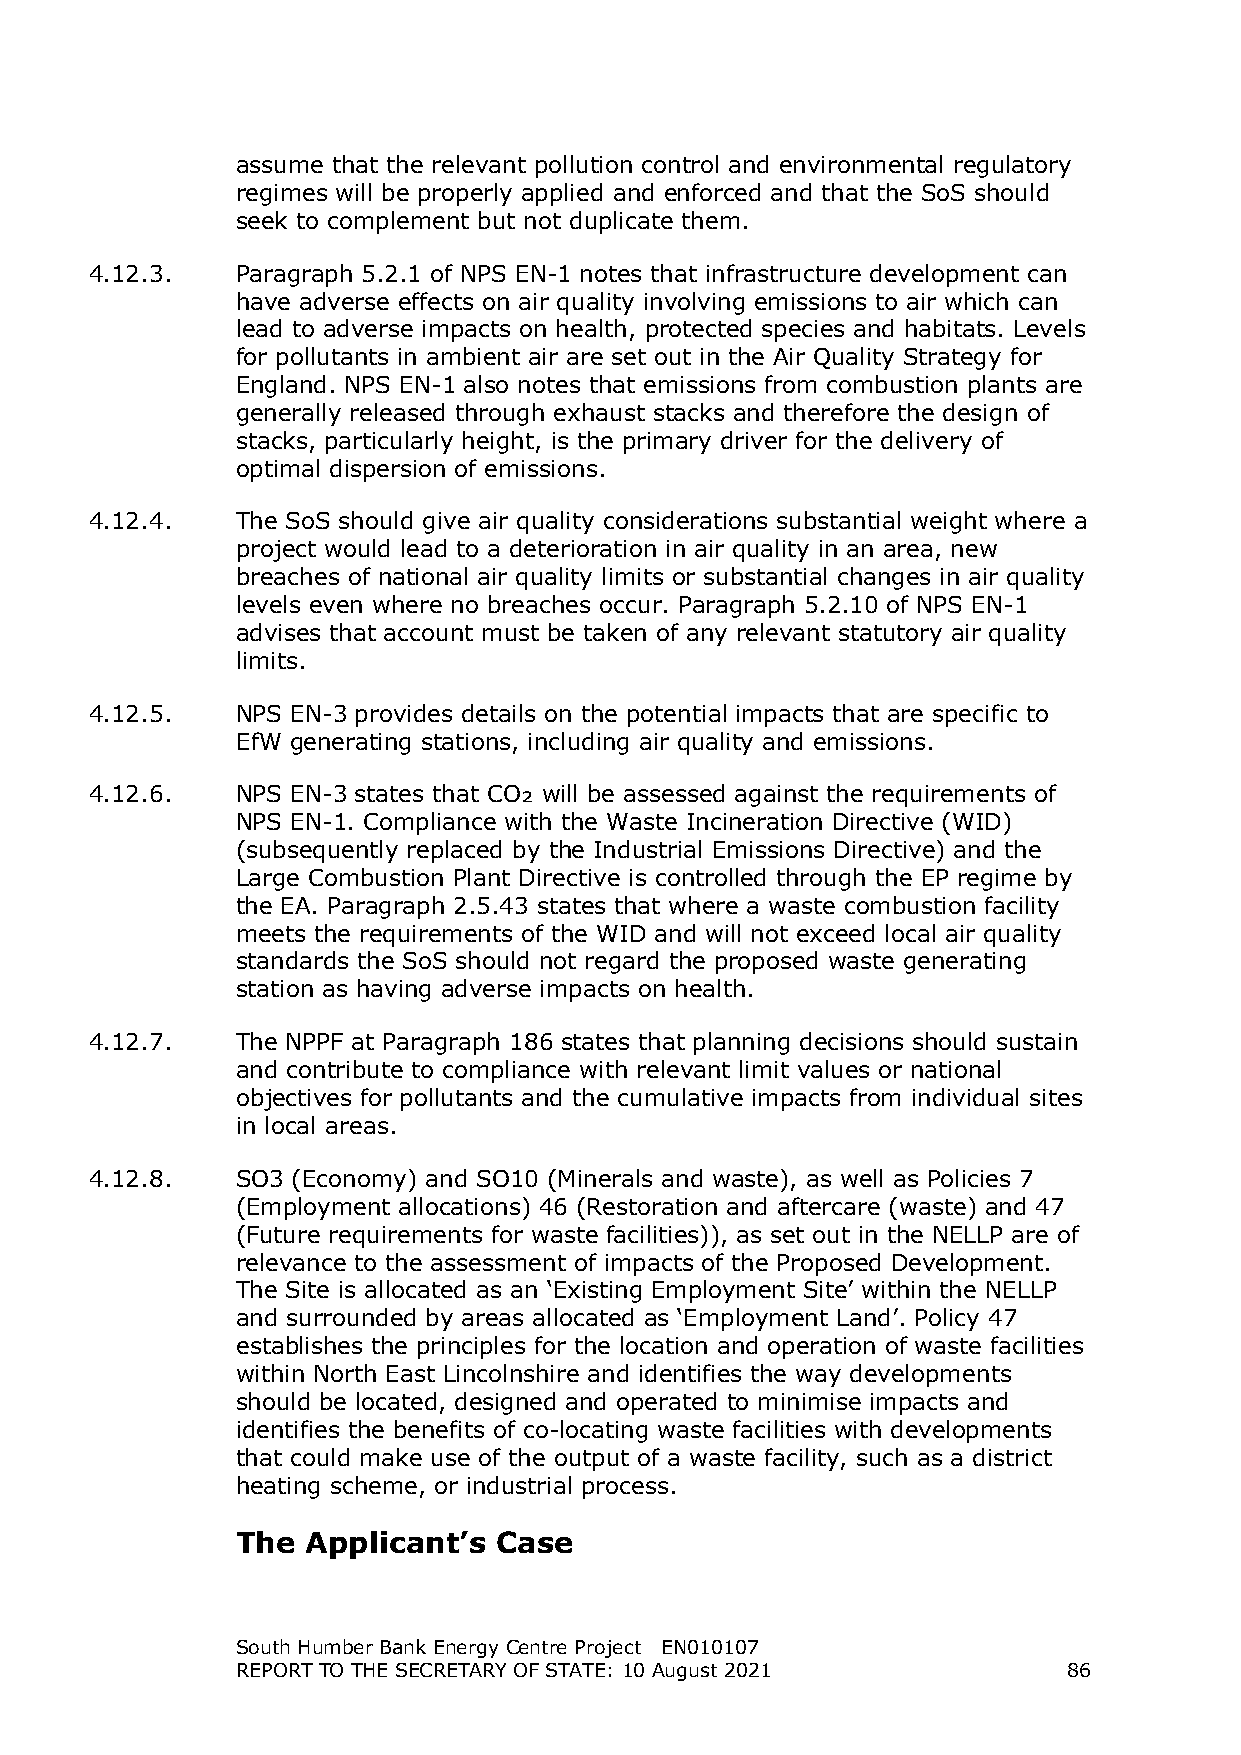
assume that the relevant pollution control and environmental regulatory
 regimes will be properly applied and enforced and that the SoS should
 seek to complement but not duplicate them.
 4.12.3.   Paragraph 5.2.1 of NPS EN-1 notes that infrastructure development can
 have adverse effects on air quality involving emissions to air which can
 lead to adverse impacts on health, protected species and habitats. Levels
 for pollutants in ambient air are set out in the Air Quality Strategy for
 England. NPS EN-1 also notes that emissions from combustion plants are
 generally released through exhaust stacks and therefore the design of
 stacks, particularly height, is the primary driver for the delivery of
 optimal dispersion of emissions.
 4.12.4.   The SoS should give air quality considerations substantial weight where a
 project would lead to a deterioration in air quality in an area, new
 breaches of national air quality limits or substantial changes in air quality
 levels even where no breaches occur. Paragraph 5.2.10 of NPS EN-1
 advises that account must be taken of any relevant statutory air quality
 limits.
 4.12.5.   NPS EN-3 provides details on the potential impacts that are specific to
 EfW generating stations, including air quality and emissions.
 4.12.6.   NPS EN-3 states that CO₂ will be assessed against the requirements of
 NPS EN-1. Compliance with the Waste Incineration Directive (WID)
 (subsequently replaced by the Industrial Emissions Directive) and the
 Large Combustion Plant Directive is controlled through the EP regime by
 the EA. Paragraph 2.5.43 states that where a waste combustion facility
 meets the requirements of the WID and will not exceed local air quality
 standards the SoS should not regard the proposed waste generating
 station as having adverse impacts on health.
 4.12.7.   The NPPF at Paragraph 186 states that planning decisions should sustain
 and contribute to compliance with relevant limit values or national
 objectives for pollutants and the cumulative impacts from individual sites
 in local areas.
 4.12.8.   SO3 (Economy) and SO10 (Minerals and waste), as well as Policies 7
 (Employment allocations) 46 (Restoration and aftercare (waste) and 47
 (Future requirements for waste facilities)), as set out in the NELLP are of
 relevance to the assessment of impacts of the Proposed Development.
 The Site is allocated as an ‘Existing Employment Site’ within the NELLP
 and surrounded by areas allocated as ‘Employment Land’. Policy 47
 establishes the principles for the location and operation of waste facilities
 within North East Lincolnshire and identifies the way developments
 should be located, designed and operated to minimise impacts and
 identifies the benefits of co-locating waste facilities with developments
 that could make use of the output of a waste facility, such as a district
 heating scheme, or industrial process.
 The Applicant’s  Case
 South Humber Bank Energy Centre Project EN010107
 REPORT TO THE SECRETARY OF STATE: 10 August 2021       86